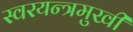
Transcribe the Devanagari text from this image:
स्वरयन्त्रमुखी